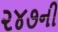
૨૪૭ની